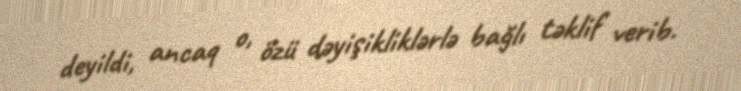
deyildi, ancaq o, özü dəyişikliklərlə bağlı təklif verib.